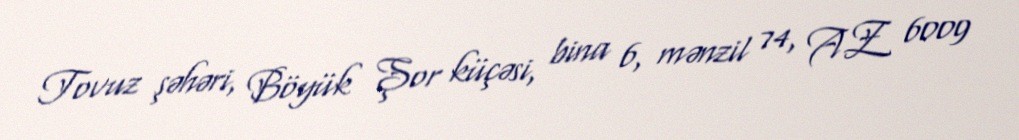
Tovuz şəhəri, Böyük Şor küçəsi, bina 6, mənzil 74, AZ 6009